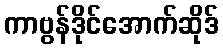
ကာဗွန်ဒိုင်အောက်ဆိုဒ်